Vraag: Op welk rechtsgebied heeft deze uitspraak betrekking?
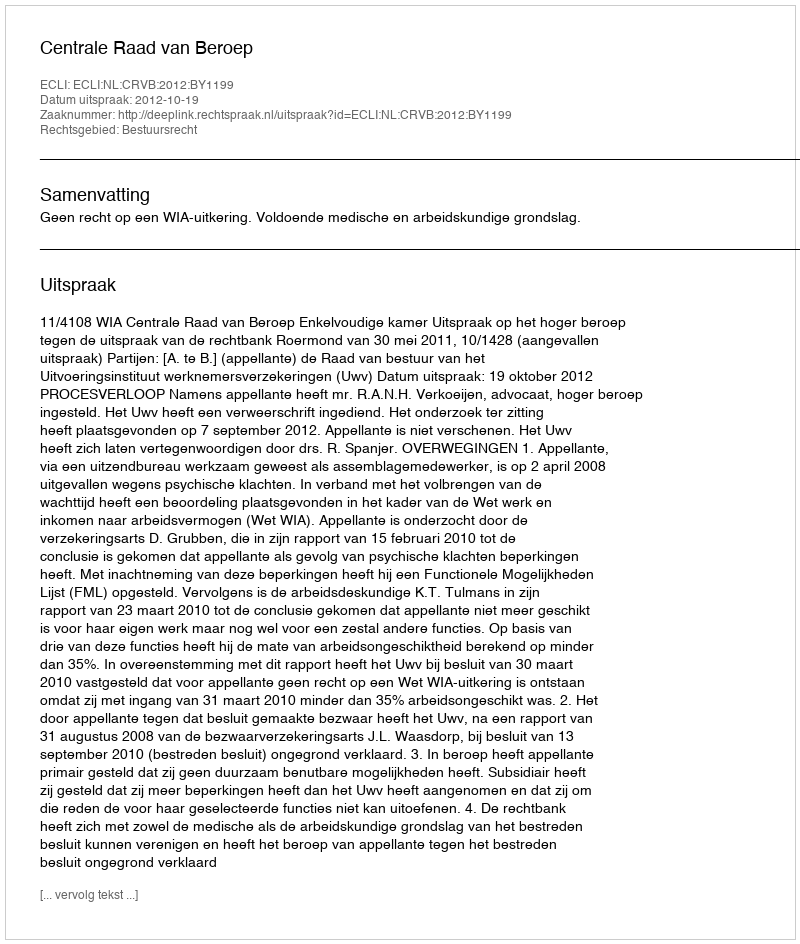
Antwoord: Bestuursrecht